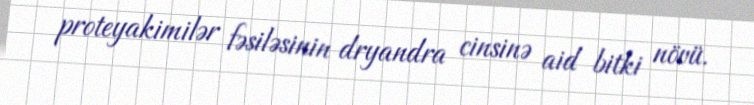
proteyakimilər fəsiləsinin dryandra cinsinə aid bitki növü.